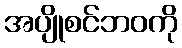
အပျိုစင်ဘဝကို